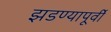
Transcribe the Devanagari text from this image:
झडण्यापूर्वी